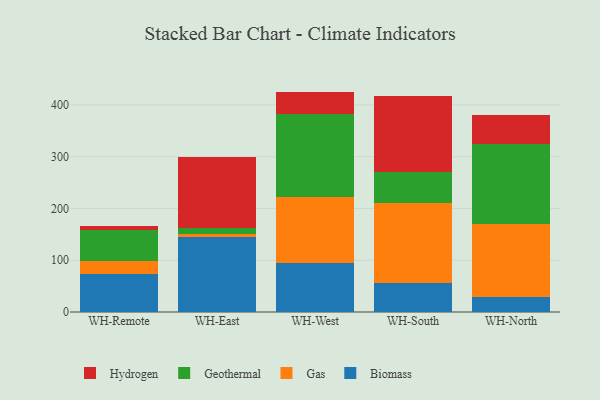
{"axis": {"x": "Warehouse", "y": "Inventory Turnover"}, "legend": ["Biomass", "Gas", "Geothermal", "Hydrogen"], "data": [{"x": "WH-Remote", "y": 73.1, "type": "Biomass"}, {"x": "WH-Remote", "y": 26.1, "type": "Gas"}, {"x": "WH-Remote", "y": 59.3, "type": "Geothermal"}, {"x": "WH-Remote", "y": 7.9, "type": "Hydrogen"}, {"x": "WH-East", "y": 144.9, "type": "Biomass"}, {"x": "WH-East", "y": 5.9, "type": "Gas"}, {"x": "WH-East", "y": 11.8, "type": "Geothermal"}, {"x": "WH-East", "y": 137.4, "type": "Hydrogen"}, {"x": "WH-West", "y": 95.3, "type": "Biomass"}, {"x": "WH-West", "y": 127.6, "type": "Gas"}, {"x": "WH-West", "y": 159.5, "type": "Geothermal"}, {"x": "WH-West", "y": 43.3, "type": "Hydrogen"}, {"x": "WH-South", "y": 56.7, "type": "Biomass"}, {"x": "WH-South", "y": 153.6, "type": "Gas"}, {"x": "WH-South", "y": 60.3, "type": "Geothermal"}, {"x": "WH-South", "y": 147.0, "type": "Hydrogen"}, {"x": "WH-North", "y": 29.1, "type": "Biomass"}, {"x": "WH-North", "y": 140.8, "type": "Gas"}, {"x": "WH-North", "y": 155.4, "type": "Geothermal"}, {"x": "WH-North", "y": 55.9, "type": "Hydrogen"}]}